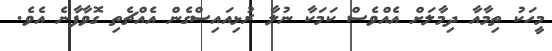
މީހަކު ތިމާއާ ދިމާލަށް އެއްވެސް ކަމަކާ ނުލާ ރުޅިއައިސްގެން އެއްޗެތި ގޮވާފާނެ އެވެ.